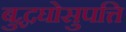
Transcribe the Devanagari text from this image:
बुद्धघोसुपत्ति